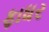
ફાધર